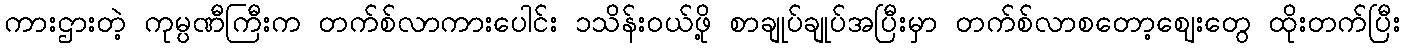
ကားဌားတဲ့ ကုမ္ပဏီကြီးက တက်စ်လာကားပေါင်း ၁သိန်းဝယ်ဖို့ စာချုပ်ချုပ်အပြီးမှာ တက်စ်လာစတော့ဈေးတွေ ထိုးတက်ပြီး